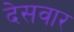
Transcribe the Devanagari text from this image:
देसवार